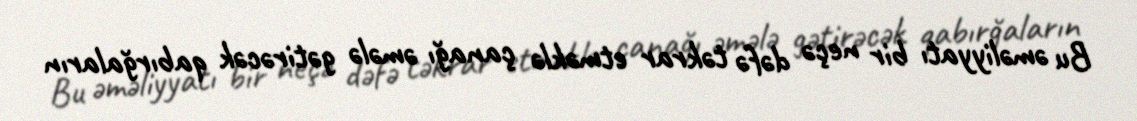
Bu əməliyyatı bir neçə dəfə təkrar etməklə çanağı əmələ gətirəcək qabırğaların